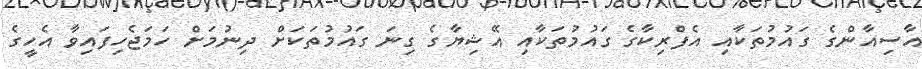
އާސިއާންގެ ގައުމުތަކާއި އެފްރިކާގެ ގައުމުތަކާއި އޭޝިޔާގެ ގިނަ ގައުމުތަކަށް ދިނުމަށް ހަމަޖެހިފައިވާ އެހީގެ